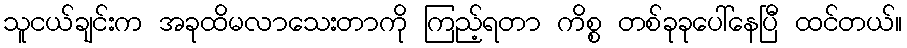
သူငယ်ချင်းက အခုထိမလာသေးတာကို ကြည့်ရတာ ကိစ္စ တစ်ခုခုပေါ်နေပြီ ထင်တယ်။